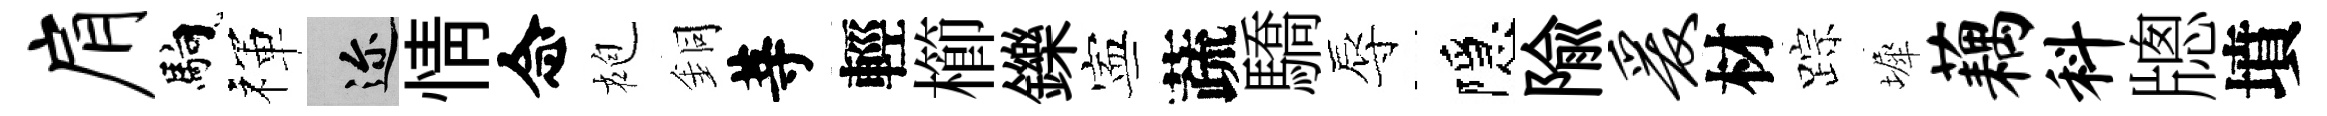
肩馿禈邇情念袍銅䓁輕櫛鑠寕蔬驕辱隱隃爰材踪墀藕料牕墳